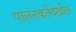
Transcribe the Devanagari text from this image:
पालनकर्तेदेखील